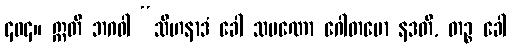
၄၀၄။ ဣတိ ဘဂဝါ “သီဟနာဒံ ခေါ သမဏော ဂေါတမော နဒတိ, တဉ္စ ခေါ